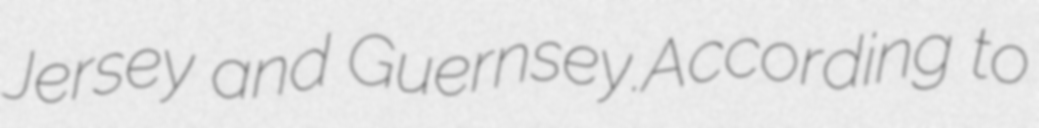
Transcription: Jersey and Guernsey.According to